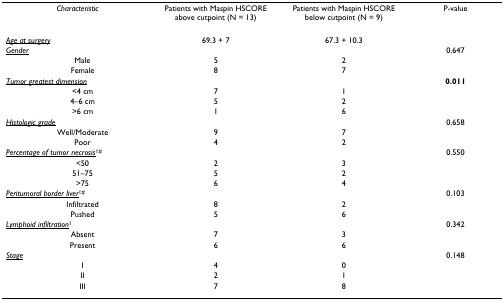
<table><thead><tr><td><b><i>Characteristic</i></b></td><td><b>Patients with Maspin HSCORE above cutpoint (N = 13)</b></td><td><b>Patients with Maspin HSCORE below cutpoint (N = 9)</b></td><td><b>P-value</b></td></tr></thead><tbody><tr><td><i><underline>Age at surgery</underline></i></td><td>69.3 + 7</td><td>67.3 + 10.3</td><td></td></tr><tr><td><i><underline>Gender</underline></i></td><td></td><td></td><td>0.647</td></tr><tr><td> Male</td><td>5</td><td>2</td><td></td></tr><tr><td> Female</td><td>8</td><td>7</td><td></td></tr><tr><td><i><underline>Tumor greatest dimension</underline></i></td><td></td><td></td><td><b>0.011</b></td></tr><tr><td> &lt;4 cm</td><td>7</td><td>1</td><td></td></tr><tr><td> 4–6 cm</td><td>5</td><td>2</td><td></td></tr><tr><td> &gt;6 cm</td><td>1</td><td>6</td><td></td></tr><tr><td><i><underline>Histologic grade</underline></i></td><td></td><td></td><td>0.658</td></tr><tr><td> Well/Moderate</td><td>9</td><td>7</td><td></td></tr><tr><td> Poor</td><td>4</td><td>2</td><td></td></tr><tr><td><i><underline>Percentage of tumor necrosis</underline></i><sup>1#</sup></td><td></td><td></td><td>0.550</td></tr><tr><td> &lt;50</td><td>2</td><td>3</td><td></td></tr><tr><td> 51–75</td><td>5</td><td>2</td><td></td></tr><tr><td> &gt;75</td><td>6</td><td>4</td><td></td></tr><tr><td><i><underline>Peritumoral border liver</underline></i><sup>1#</sup></td><td></td><td></td><td>0.103</td></tr><tr><td> Infiltrated</td><td>8</td><td>2</td><td></td></tr><tr><td> Pushed</td><td>5</td><td>6</td><td></td></tr><tr><td><i><underline>Lymphoid infiltration</underline></i><sup>1</sup></td><td></td><td></td><td>0.342</td></tr><tr><td> Absent</td><td>7</td><td>3</td><td></td></tr><tr><td> Present</td><td>6</td><td>6</td><td></td></tr><tr><td><i><underline>Stage</underline></i></td><td></td><td></td><td>0.148</td></tr><tr><td> I</td><td>4</td><td>0</td><td></td></tr><tr><td> II</td><td>2</td><td>1</td><td></td></tr><tr><td> III</td><td>7</td><td>8</td><td></td></tr></tbody></table>